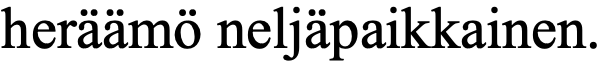
heräämö neljäpaikkainen.